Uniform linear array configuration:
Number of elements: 64
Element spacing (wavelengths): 0.75
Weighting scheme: blackman
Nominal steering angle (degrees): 0
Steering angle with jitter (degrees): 1.954
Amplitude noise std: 0.05
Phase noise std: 0.05

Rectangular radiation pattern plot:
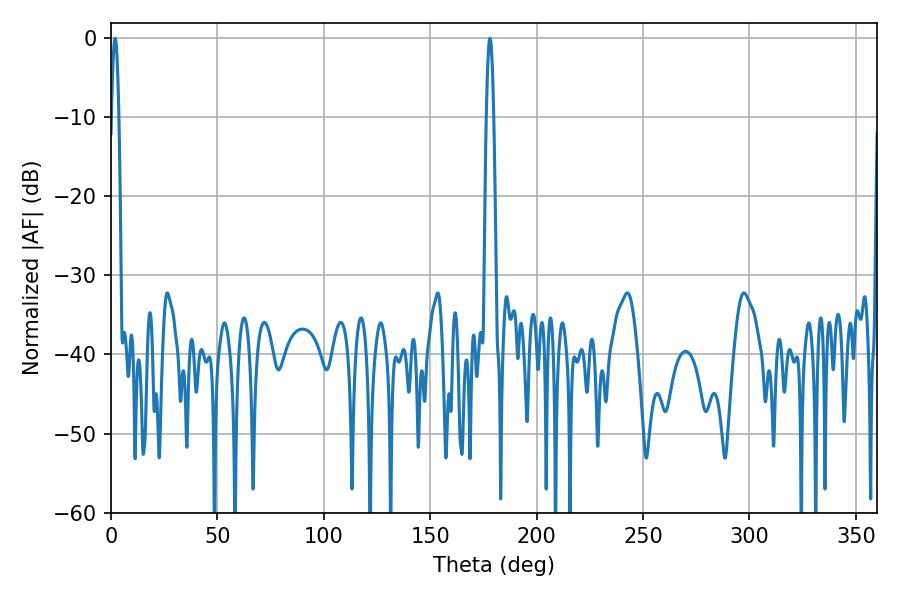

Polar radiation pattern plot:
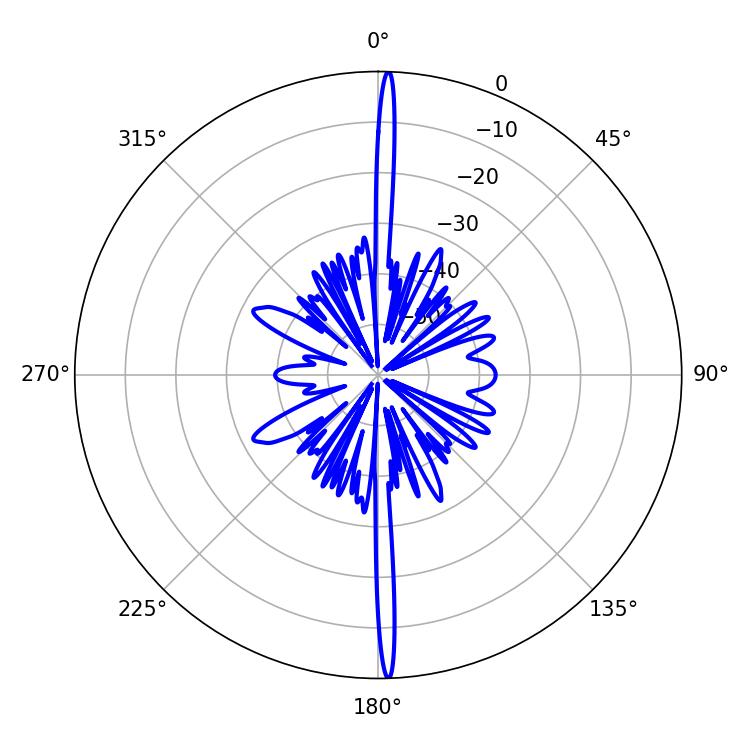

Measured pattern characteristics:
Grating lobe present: TRUE
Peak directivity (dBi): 29.096
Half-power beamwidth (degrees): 1.8
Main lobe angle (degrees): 178.02